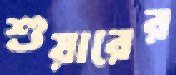
শুয়ারের